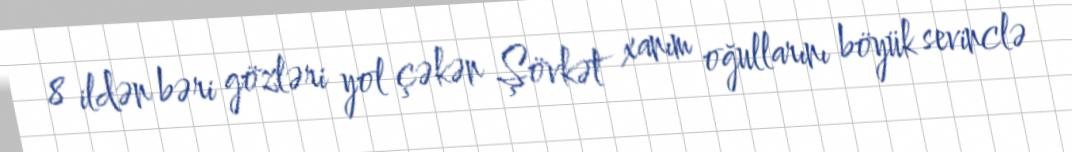
8 ildən bəri gözləri yol çəkən Şövkət xanım oğullarını böyük sevinclə